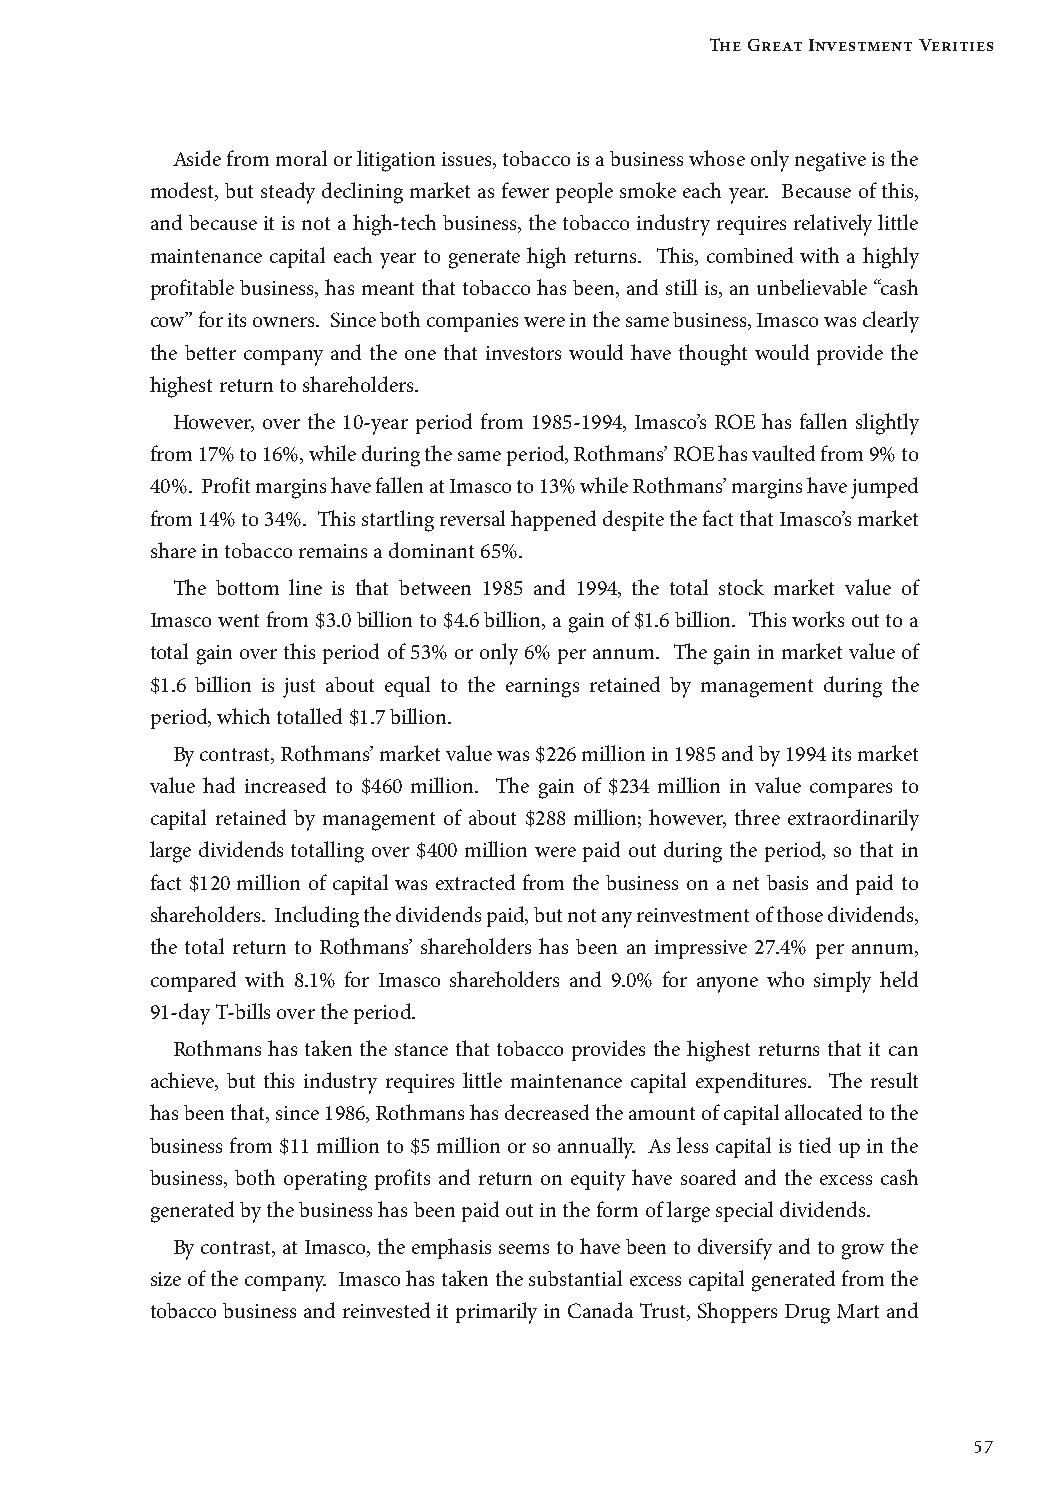
The Great Investment Verities
 Aside from moral or litigation issues, tobacco is a business whose only negative is the
 modest, but steady declining market as fewer people smoke each year. Because of this,
 and because it is not a high-tech business, the tobacco industry requires relatively little
 maintenance capital each year to generate high returns. This, combined with a highly
 profitable business, has meant that tobacco has been, and still is, an unbelievable “cash
 cow” for its owners. Since both companies were in the same business, Imasco was clearly
 the better company and the one that investors would have thought would provide the
 highest return to shareholders.
 However, over the 10-year period from 1985-1994, Imasco’s ROE has fallen slightly
 from 17% to 16%, while during the same period, Rothmans’ ROE has vaulted from 9% to
 40%. Profit margins have fallen at Imasco to 13% while Rothmans’ margins have jumped
 from 14% to 34%. This startling reversal happened despite the fact that Imasco’s market
 share in tobacco remains a dominant 65%.
 The bottom line is that between 1985 and 1994, the total stock market value of
 Imasco went from $3.0 billion to $4.6 billion, a gain of $1.6 billion. This works out to a
 total gain over this period of 53% or only 6% per annum. The gain in market value of
 $1.6 billion is just about equal to the earnings retained by management during the
 period, which totalled $1.7 billion.
 By contrast, Rothmans’ market value was $226 million in 1985 and by 1994 its market
 value had increased to $460 million. The gain of $234 million in value compares to
 capital retained by management of about $288 million; however, three extraordinarily
 large dividends totalling over $400 million were paid out during the period, so that in
 fact $120 million of capital was extracted from the business on a net basis and paid to
 shareholders. Including the dividends paid, but not any reinvestment of those dividends,
 the total return to Rothmans’ shareholders has been an impressive 27.4% per annum,
 compared with 8.1% for Imasco shareholders and 9.0% for anyone who simply held
 91-day T-bills over the period.
 Rothmans has taken the stance that tobacco provides the highest returns that it can
 achieve, but this industry requires little maintenance capital expenditures. The result
 has been that, since 1986, Rothmans has decreased the amount of capital allocated to the
 business from $11 million to $5 million or so annually. As less capital is tied up in the
 business, both operating profits and return on equity have soared and the excess cash
 generated by the business has been paid out in the form of large special dividends.
 By contrast, at Imasco, the emphasis seems to have been to diversify and to grow the
 size of the company. Imasco has taken the substantial excess capital generated from the
 tobacco business and reinvested it primarily in Canada Trust, Shoppers Drug Mart and
 57